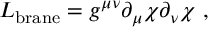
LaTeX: { \cal L } _ { \mathrm { b r a n e } } = g ^ { \mu \nu } { \partial } _ { \mu } { \chi } { \partial } _ { \nu } { \chi } \ ,